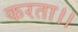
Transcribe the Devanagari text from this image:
करता।।